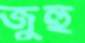
জুহু